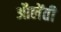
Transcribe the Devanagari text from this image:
औलेंती